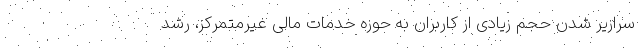
سرازیر شدن حجم زیادی از کاربران به حوزه خدمات مالی غیرمتمرکز، رشد